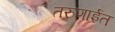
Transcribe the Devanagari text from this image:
तरुणाईत